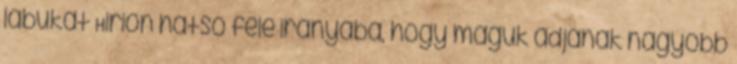
lábukat Hirion hátsó fele irányába, hogy maguk adjanak nagyobb